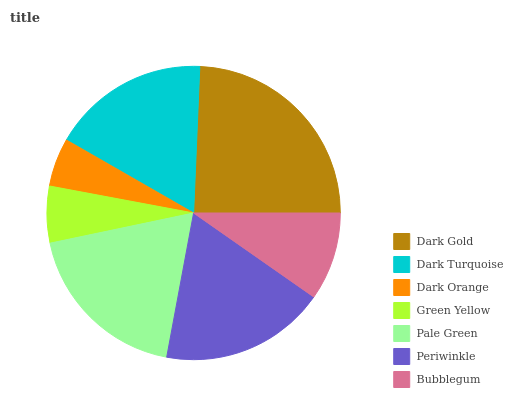
| Dark Gold | Dark Turquoise | Dark Orange | Green Yellow | Pale Green | Periwinkle | Bubblegum |
 | --- | --- | --- | --- | --- | --- | --- |
 | 24.3% | 17.3% | 5.34% | 6.23% | 18.8% | 18.3% | 9.7% |